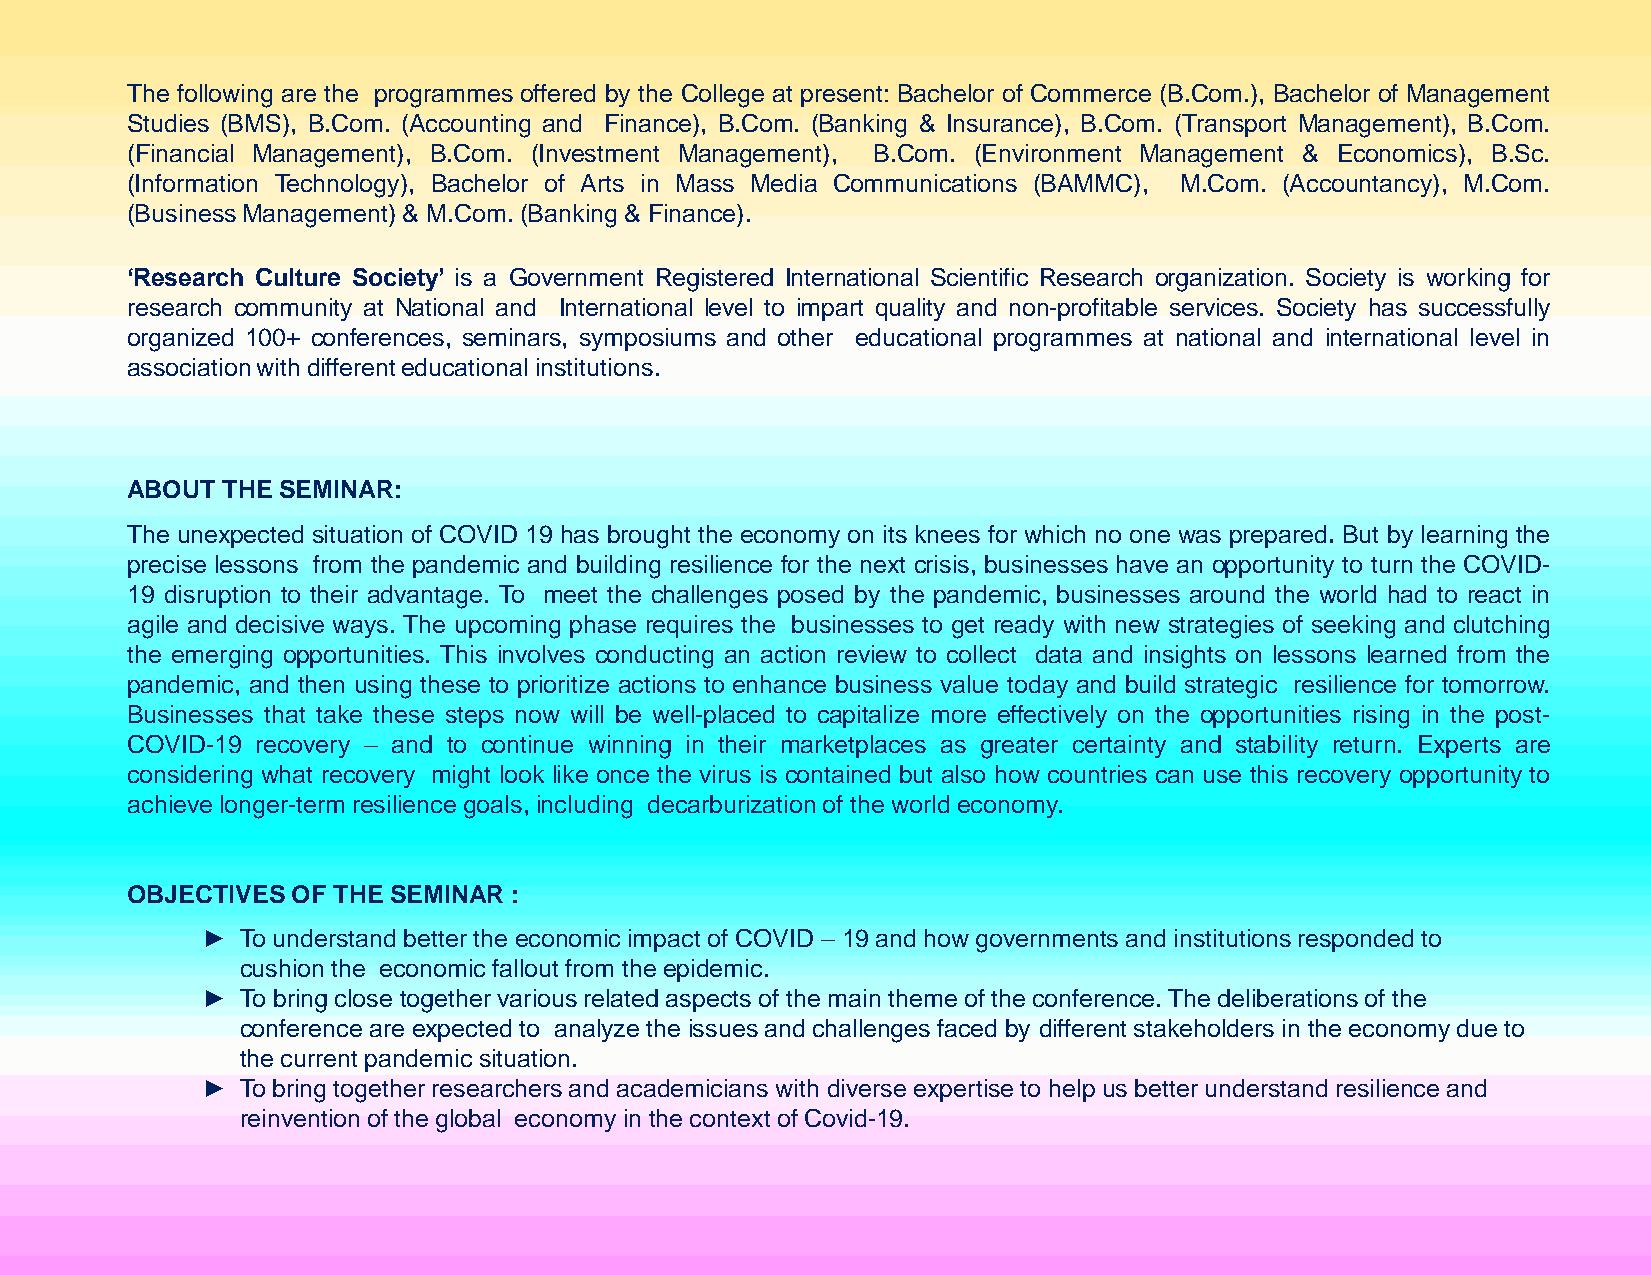
The following are the programmes offered by the College at present: Bachelor of Commerce (B.Com.), Bachelor of Management
 Studies (BMS), B.Com. (Accounting and Finance), B.Com. (Banking & Insurance), B.Com. (Transport Management), B.Com.
 (Financial Management), B.Com. (Investment Management), B.Com. (Environment Management & Economics), B.Sc.
 (Information Technology), Bachelor of Arts in Mass Media Communications (BAMMC), M.Com. (Accountancy), M.Com.
 (BusinessManagement)& M.Com.(Banking& Finance).
 ‘Research Culture Society’ is a Government Registered International Scientific Research organization. Society is working for
 research community at National and International level to impart quality and non-profitable services. Society has successfully
 organized 100+ conferences, seminars, symposiums and other educational programmes at national and international level in
 associationwith differenteducational institutions.
 ABOUT  THE SEMINAR:
 The unexpected situation of COVID 19 has brought the economy on its knees for which no one was prepared. But by learning the
 precise lessons from the pandemic and building resilience for the next crisis, businesses have an opportunity to turn the COVID-
 19 disruption to their advantage. To meet the challenges posed by the pandemic, businesses around the world had to react in
 agile and decisive ways. The upcoming phase requires the businesses to get ready with new strategies of seeking and clutching
 the emerging opportunities. This involves conducting an action review to collect data and insights on lessons learned from the
 pandemic, and then using these to prioritize actions to enhance business value today and build strategic resilience for tomorrow.
 Businesses that take these steps now will be well-placed to capitalize more effectively on the opportunities rising in the post-
 COVID-19 recovery – and to continue winning in their marketplaces as greater certainty and stability return. Experts are
 considering what recovery might look like once the virus is contained but also how countries can use this recovery opportunity to
 achievelonger-termresiliencegoals,including decarburizationof the world economy.
 OBJECTIVESOF  THESEMINAR  :
 ►  To understand better the economic impact of COVID – 19 and how governments and institutions responded to
 cushion the economic fallout from the epidemic.
 ►  To bring close together various related aspects of the main theme of the conference. The deliberations of the
 conference are expected to analyze the issues and challenges faced by different stakeholders in the economy due to
 the current pandemic situation.
 ►  To bring together researchers and academicians with diverse expertise to help us better understand resilience and
 reinvention of the global economy in the context ofCovid-19.